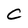
Character: C